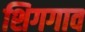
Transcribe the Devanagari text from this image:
शिगगाव